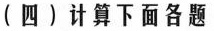
(四)计算下面各题